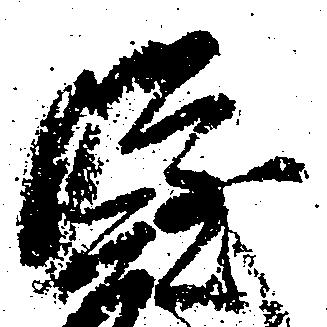
隆